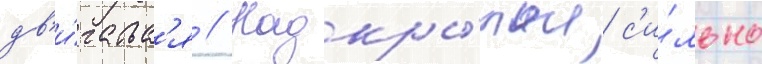
дв'и́гатьс'я // Надкры́лья с'и́льно